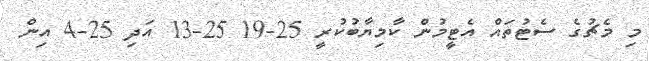
މި މެޗުގެ ސެޓުތައް އެޓީމުން ކާމިޔާބުކުރީ 25-19 25-13 އަދި 25-4 އިން